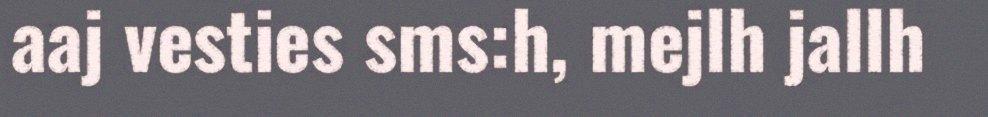
aaj vesties sms:h, mejlh jallh